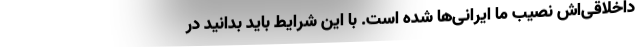
داخلاقی‌اش نصیب ما ایرانی‌ها شده است. با این شرایط باید بدانید در